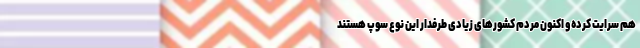
هم سرایت کرده و اکنون مردم کشورهای زیادی طرفدار این نوع سوپ هستند